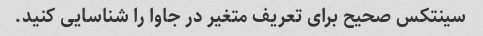
سینتکس صحیح برای تعریف متغیر در جاوا را شناسایی کنید.